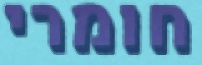
חומרי